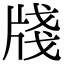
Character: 牋